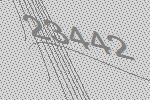
23442